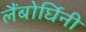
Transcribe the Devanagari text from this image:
लैंबोर्घिनी